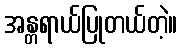
အန္တရာယ်ပြုတယ်တဲ့။